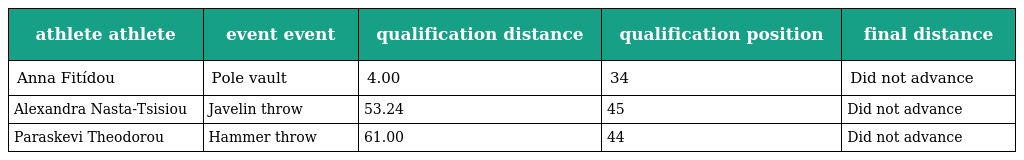
| athlete athlete | event event | qualification distance | qualification position | final distance |
 | --- | --- | --- | --- | --- |
 | Anna Fitídou | Pole vault | 4.00 | 34 | Did not advance |
 | Alexandra Nasta-Tsisiou | Javelin throw | 53.24 | 45 | Did not advance |
 | Paraskevi Theodorou | Hammer throw | 61.00 | 44 | Did not advance |